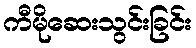
ကီမိုဆေးသွင်းခြင်း